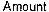
AMOUNT